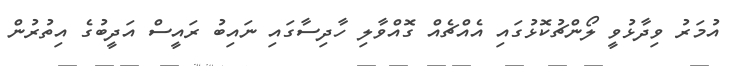
އުމަރު ވިދާޅުވީ ލޯންޗުކޮޅުގައި އެއްޗެއް ގޮއްވާލި ހާދިސާގައި ނައިބު ރައީސް އަދީބުގެ އިތުރުން